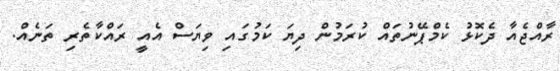
ރާއްޖެއާ ދެކޮޅު ކެމްޕޭނުތައް ކުރަމުން ދިޔަ ކަމުގައި ވިޔަސް އެއީ ރައްކާތެރި ތަނެއް.